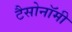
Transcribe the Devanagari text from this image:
टैसोनॉमी